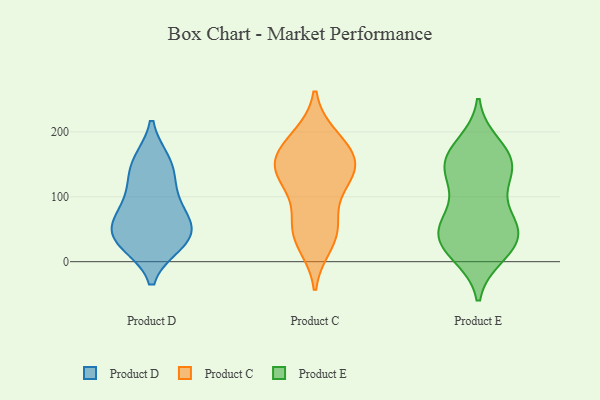
{"axis": {"x": "Churn Rate (%)", "y": "Value"}, "legend": ["Product C", "Product D", "Product E"], "data": [{"x": "", "y": 30, "type": "Product D"}, {"x": "", "y": 48, "type": "Product D"}, {"x": "", "y": 129, "type": "Product D"}, {"x": "", "y": 32, "type": "Product D"}, {"x": "", "y": 60, "type": "Product D"}, {"x": "", "y": 154, "type": "Product D"}, {"x": "", "y": 99, "type": "Product D"}, {"x": "", "y": 84, "type": "Product D"}, {"x": "", "y": 55, "type": "Product D"}, {"x": "", "y": 28, "type": "Product D"}, {"x": "", "y": 153, "type": "Product D"}, {"x": "", "y": 41, "type": "Product C"}, {"x": "", "y": 191, "type": "Product C"}, {"x": "", "y": 154, "type": "Product C"}, {"x": "", "y": 146, "type": "Product C"}, {"x": "", "y": 28, "type": "Product C"}, {"x": "", "y": 143, "type": "Product C"}, {"x": "", "y": 147, "type": "Product C"}, {"x": "", "y": 60, "type": "Product C"}, {"x": "", "y": 169, "type": "Product C"}, {"x": "", "y": 187, "type": "Product C"}, {"x": "", "y": 117, "type": "Product C"}, {"x": "", "y": 121, "type": "Product C"}, {"x": "", "y": 53, "type": "Product C"}, {"x": "", "y": 72, "type": "Product E"}, {"x": "", "y": 169, "type": "Product E"}, {"x": "", "y": 142, "type": "Product E"}, {"x": "", "y": 74, "type": "Product E"}, {"x": "", "y": 20, "type": "Product E"}, {"x": "", "y": 16, "type": "Product E"}, {"x": "", "y": 180, "type": "Product E"}, {"x": "", "y": 127, "type": "Product E"}, {"x": "", "y": 41, "type": "Product E"}, {"x": "", "y": 52, "type": "Product E"}, {"x": "", "y": 146, "type": "Product E"}, {"x": "", "y": 44, "type": "Product E"}, {"x": "", "y": 11, "type": "Product E"}, {"x": "", "y": 33, "type": "Product E"}, {"x": "", "y": 126, "type": "Product E"}, {"x": "", "y": 160, "type": "Product E"}, {"x": "", "y": 51, "type": "Product E"}, {"x": "", "y": 157, "type": "Product E"}]}